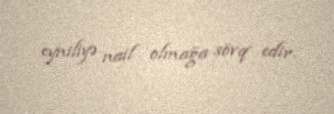
eyniliyə nail olmağa sövq edir.